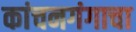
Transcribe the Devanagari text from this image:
कांचनगंगाचा